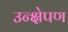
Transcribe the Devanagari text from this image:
उन्क्षेपण